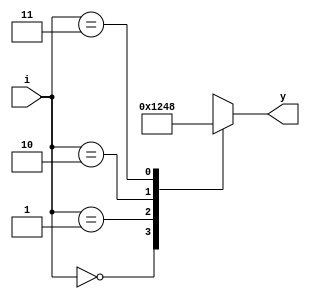
`timescale 1ns / 1ps
module dec(i,y);
input [1:0]i;
output reg [3:0]y;
always @ (i)
case (i)
2'b00:y=4'b0001;
2'b01:y=4'b0010;
2'b10:y=4'b0100;
2'b11:y=4'b1000;
endcase
endmodule